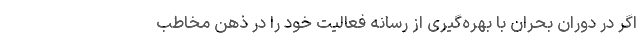
اگر در دوران بحران با بهره‌گیری از رسانه فعالیت خود را در ذهن مخاطب